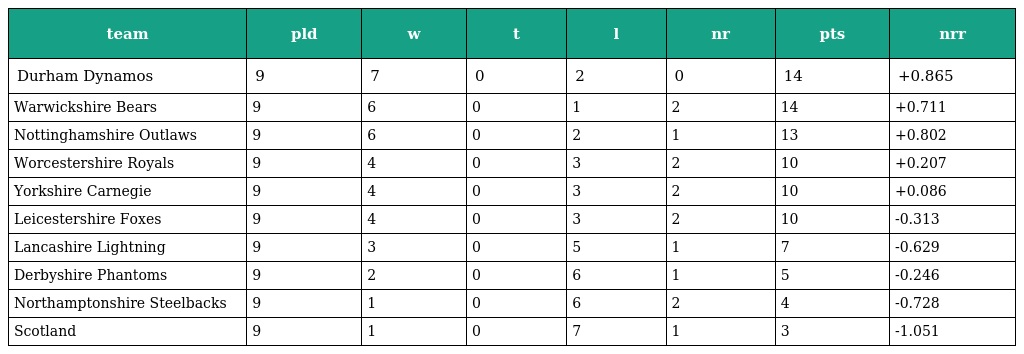
| team | pld | w | t | l | nr | pts | nrr |
 | --- | --- | --- | --- | --- | --- | --- | --- |
 | Durham Dynamos | 9 | 7 | 0 | 2 | 0 | 14 | +0.865 |
 | Warwickshire Bears | 9 | 6 | 0 | 1 | 2 | 14 | +0.711 |
 | Nottinghamshire Outlaws | 9 | 6 | 0 | 2 | 1 | 13 | +0.802 |
 | Worcestershire Royals | 9 | 4 | 0 | 3 | 2 | 10 | +0.207 |
 | Yorkshire Carnegie | 9 | 4 | 0 | 3 | 2 | 10 | +0.086 |
 | Leicestershire Foxes | 9 | 4 | 0 | 3 | 2 | 10 | -0.313 |
 | Lancashire Lightning | 9 | 3 | 0 | 5 | 1 | 7 | -0.629 |
 | Derbyshire Phantoms | 9 | 2 | 0 | 6 | 1 | 5 | -0.246 |
 | Northamptonshire Steelbacks | 9 | 1 | 0 | 6 | 2 | 4 | -0.728 |
 | Scotland | 9 | 1 | 0 | 7 | 1 | 3 | -1.051 |